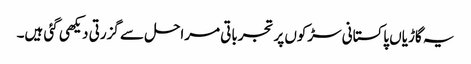
یہ گاڑیاں پاکستانی سڑکوں پر تجرباتی مراحل سے گزرتی دیکھی گئی ہیں۔